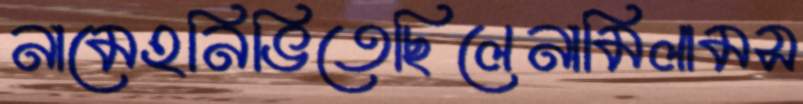
নামেহনিভিতেছিলেনামিলামস